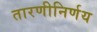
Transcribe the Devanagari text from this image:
तारणीनिर्णय